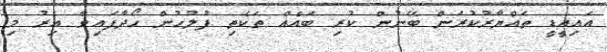
އައިއީޑީ ތައްޔާރުކުރަން ބޭނުން ކުރި ބައެއް ތަކެތި ފުލުހުން ހޯދާފައިވާ އިރު މި